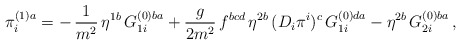
\begin{align*}\pi_i^{(1)a}=-\,\frac{1}{m^2}\,\eta^{1b}\,G_{1i}^{(0)ba}+\frac{g}{2m^2}\,f^{bcd}\,\eta^{2b}\,(D_i\pi^i)^c\,G_{1i}^{(0)da}-\eta^{2b}\,G_{2i}^{(0)ba}\,,\end{align*}